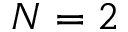
N = 2